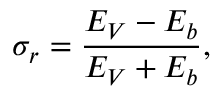
\sigma _ { r } = \frac { E _ { V } - E _ { b } } { E _ { V } + E _ { b } } ,